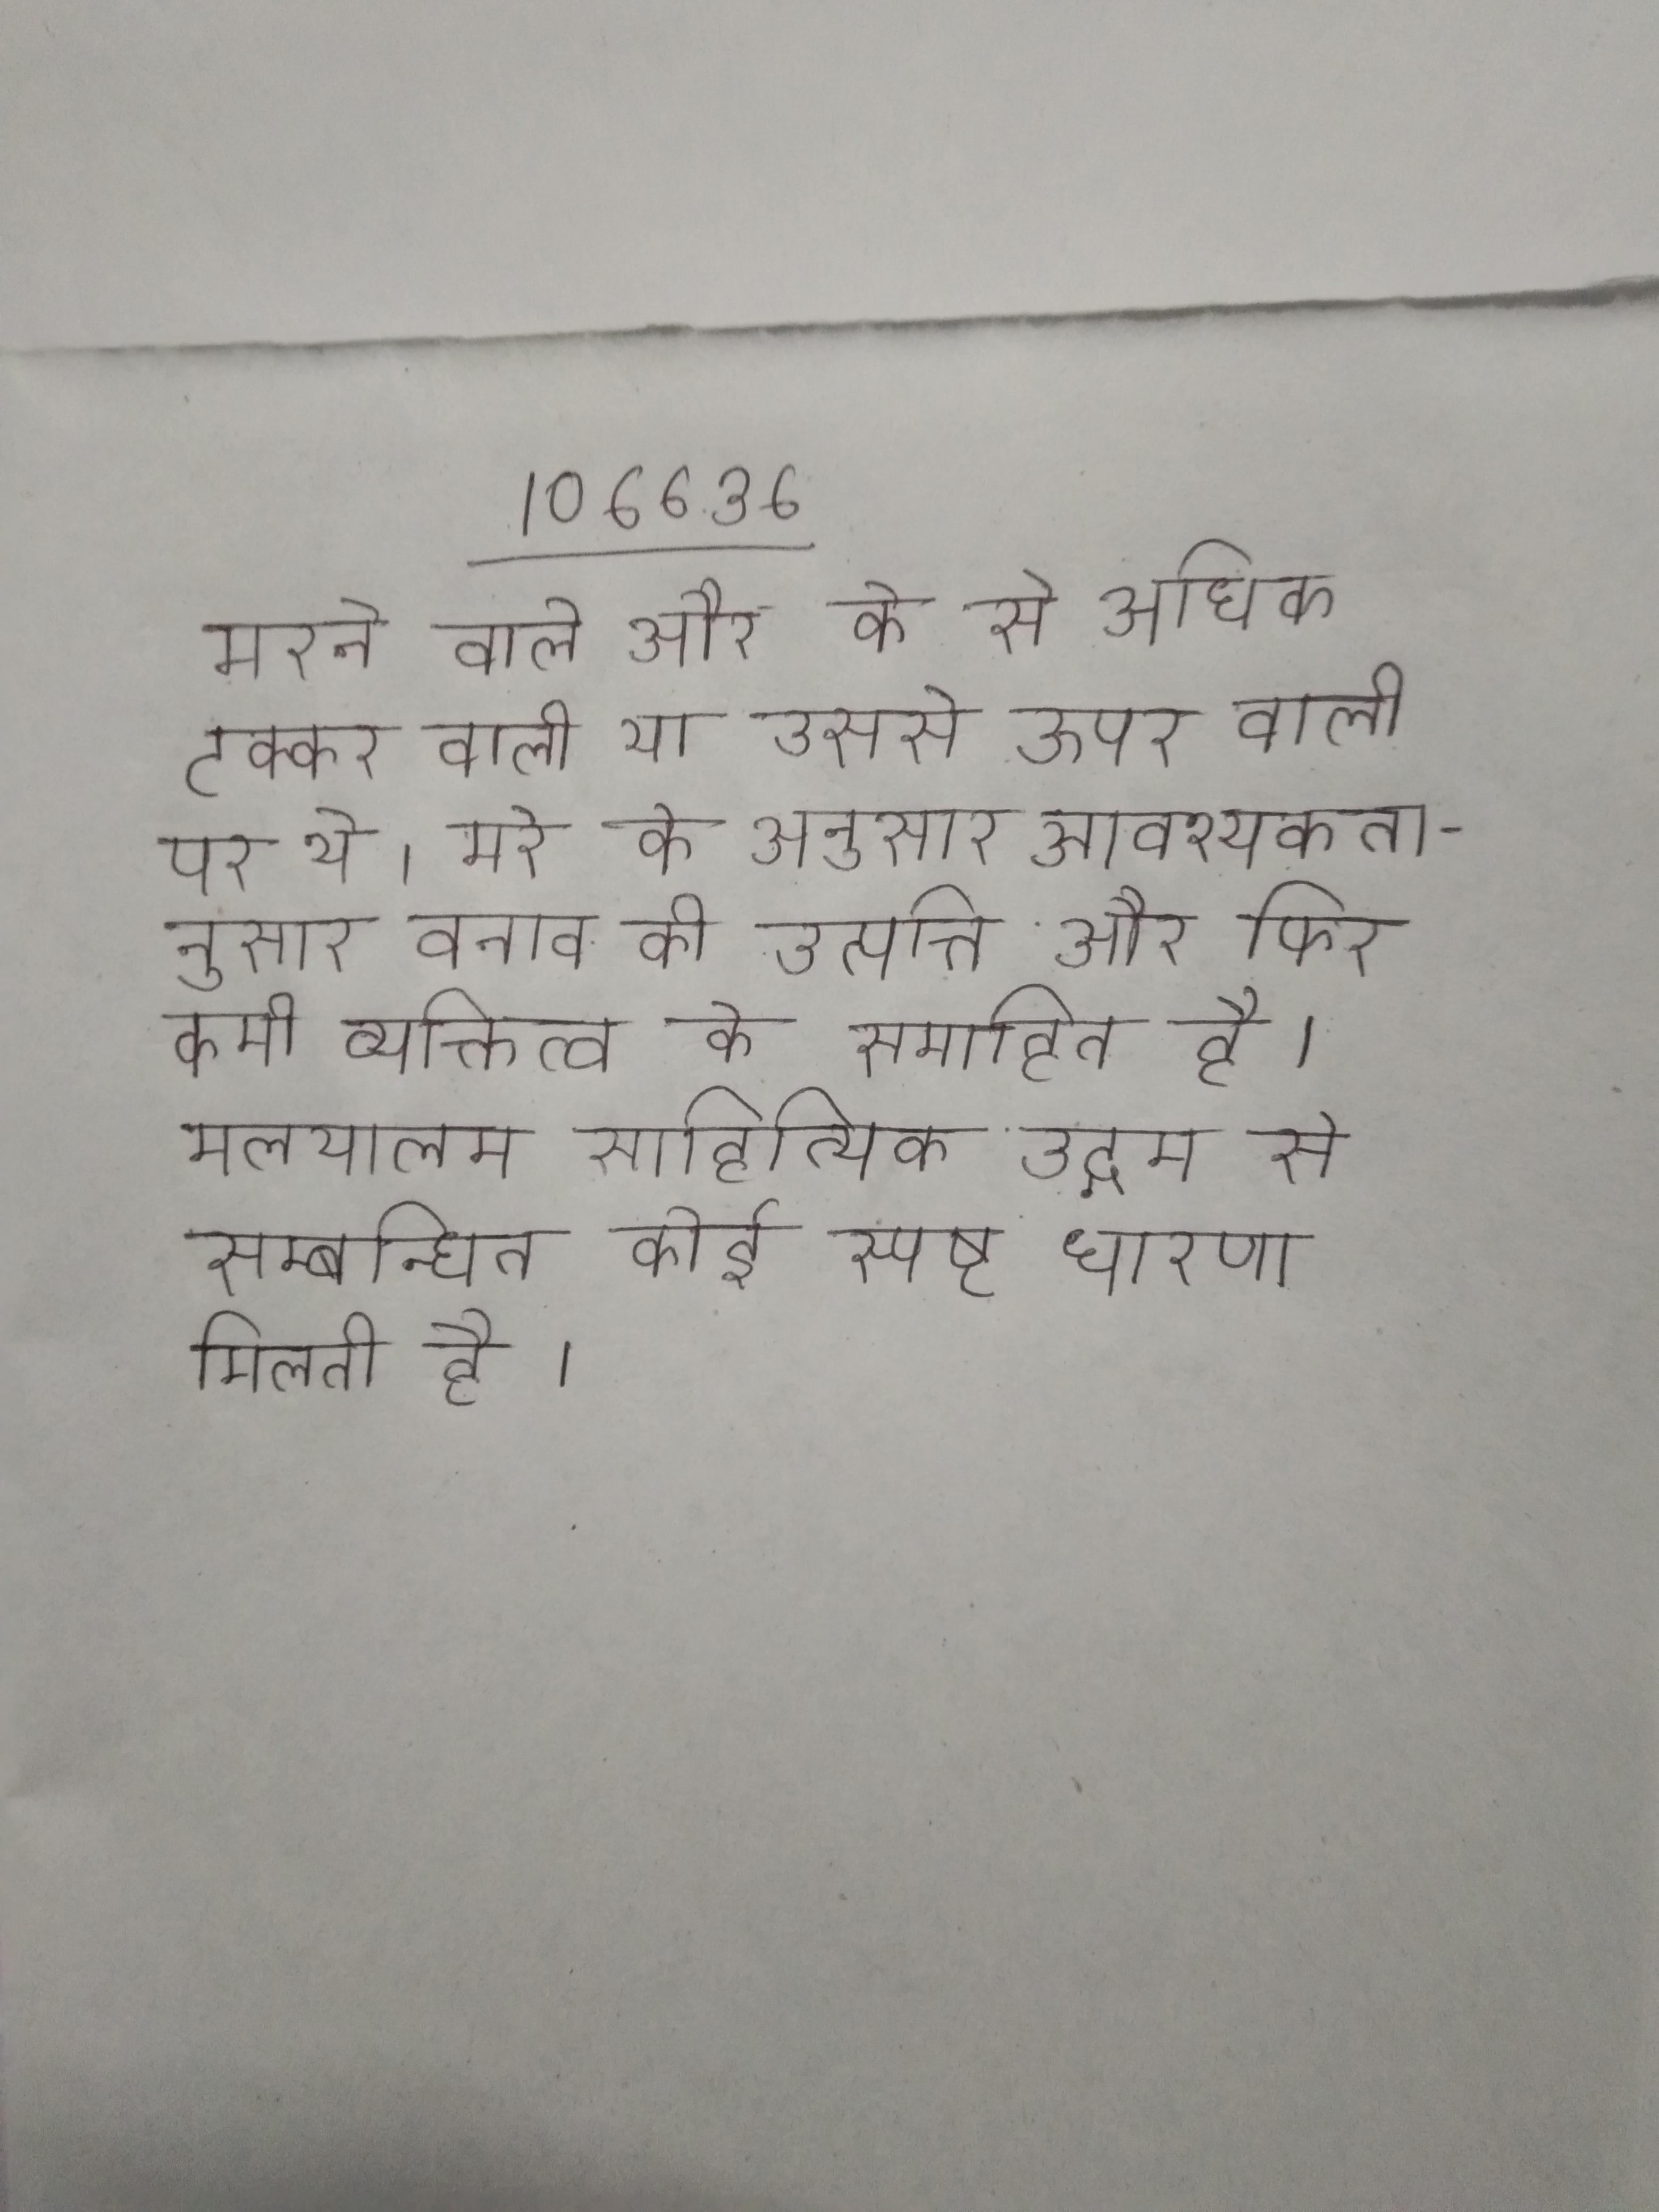
मरने वाले और के से अधिक टक्कर वाली या उससे ऊपर वाली पर थे । मरे के अनुसार आवश्यकतानुसार तनाव की उत्पत्ति और फिर कमी व्यक्तित्व के समाहित है । मलयालम साहित्यिक उद्गम से सम्बन्धित कोई स्पष्ट धारणा मिलती है ।